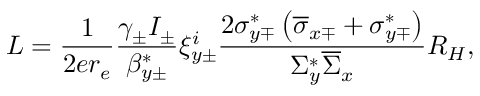
L = \frac { 1 } { 2 e r _ { e } } \frac { \gamma _ { \pm } I _ { \pm } } { \beta _ { y \pm } ^ { * } } \xi _ { y \pm } ^ { i } \frac { 2 \sigma _ { y \mp } ^ { * } \left( \overline { { \sigma } } _ { x \mp } + \sigma _ { y \mp } ^ { * } \right) } { \Sigma _ { y } ^ { * } \overline { { \Sigma } } _ { x } } R _ { H } ,